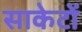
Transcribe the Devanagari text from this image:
साकेटों